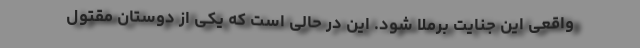
واقعی این جنایت برملا شود. این در حالی است که یکی از دوستان مقتول